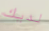
لديك